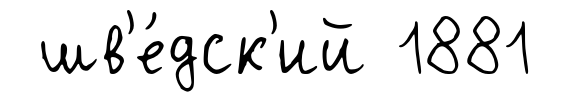
шв'е́дск'ий 1881